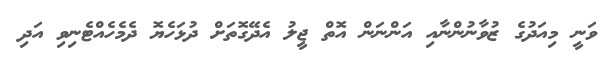
ވަނީ މިއަދުގެ ޒުވާނުންނާއި އަންނަން އޮތް ޖީލު އެދޭގޮތަށް ދުޅަހެޔޮ ދެމެހެއްޓެނިވި އަދި